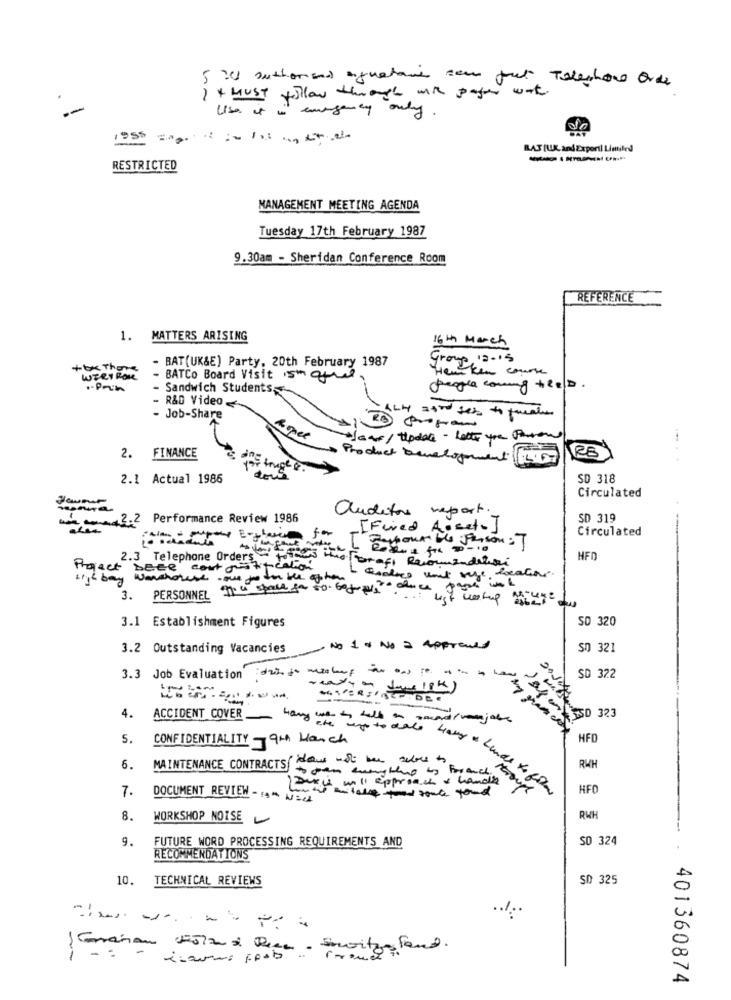
5 : auchomend agustare sen fout Telephone or de
1 + MUST follow through will payer wat
--
Use it is emergency only
1955
RAT [WK. and Exportl Limited
RESTRICTED
MANAGEMENT MEETING AGENDA
Tuesday 17th February 1987
9.30am - Sheridan Conference Room
REFERENCE
1. MATTERS ARISING
16th March
- BAT(UK&E) Party, 20th February 1987
Group 12-15
tt There
Cken course
WIRY ROLL
- BATCo Board Visit 5m afull
- Sandwich Students
people coming treD.
- R&D Video
- Job-Share
Riopel
waar / ttodate - letter you Puton
2. FINANCE
Product Development 567
RS
2.1 Actual 1986
SD 318
Circulated
auditors report:
wie conad 2.2 Performance Review 1986
SD 319
for
[Fired Aoset. ]
Circulated
2.3 Telephone Orders + +
HFD
Project Dece cout justificaria
sije bay warehouse .one to do the option
codice unit veze, heating.
3.
PERSONNEL
in a stall for so borupls
3.1 Establishment Figures
SD 320
3.2 Outstanding Vacancies
NO 1 o No a Approved
SO 321
3.3 Job Evaluation 22 . make
SD 322
4.
ACCIDENT COVER Mamy we to talk on record/ vanjabe
SSD 323
5.
CONFIDENTIALITY 9th March
the uptodal lages
HFD
6.
RWH
MAINTENANCE CONTRACTS( Now -st be the French
all approach & handy
7.
havy & Lunds to file
HFO
DOCUMENT REVIEW - 14 NELL
proup
8.
WORKSHOP NOTSE
RWH
9.
FUTURE WORD PROCESSING REQUIREMENTS AND
SD 324
RECOMMENDATIONS
10.
TECHNICAL REVIEWS
SD 325
.1.
===------
muitos
401360874